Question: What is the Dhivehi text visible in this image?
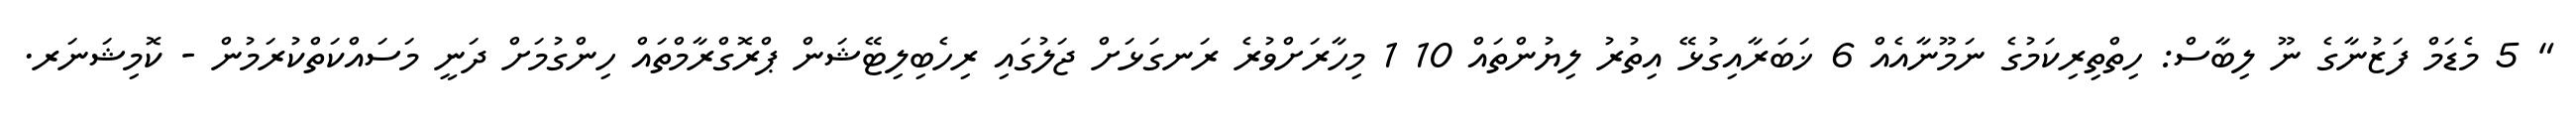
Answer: " 5 މެޑަމް ފަޒުނާގެ ނޫ ލިބާސް: ހިތްތިރިކަމުގެ ނަމޫނާއެއް 6 ޚަބަރާއިގުޅޭ އިތުރު ލިޔުންތައް 10 1 މިހާރަށްވުރެ ރަނގަޅަށް ޖަލުގައި ރިހެބިލިޓޭޝަން ޕްރޮގްރާމްތައް ހިންގުމަށް ދަނީ މަސައްކަތްކުރަމުން - ކޮމިޝަނަރ.